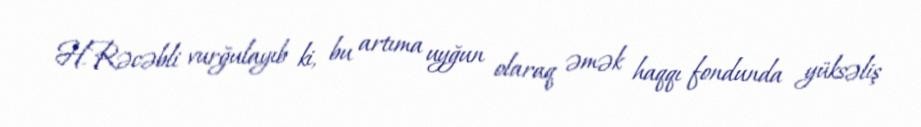
H.Rəcəbli vurğulayıb ki, bu artıma uyğun olaraq əmək haqqı fondunda yüksəliş